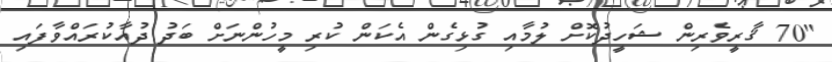
"70 ޤާރީވެރިން ޝަހީދުކޮށް ލުމާއި ގުޅިގެން އެކަން ކުރި މީހުންނަށް ބަދު ދުއާކުރައްވާފައި